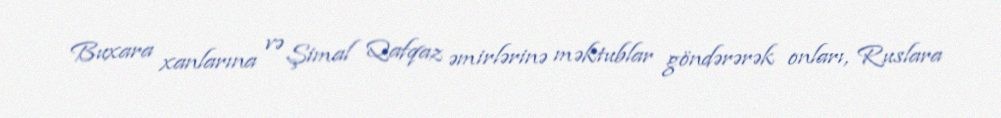
Buxara xanlarına və Şimal Qafqaz əmirlərinə məktublar göndərərək onları, Ruslara